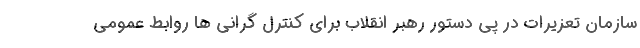
سازمان تعزیرات در پی دستور رهبر انقلاب برای کنترل گرانی ها روابط عمومی